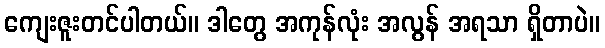
ကျေးဇူးတင်ပါတယ်။ ဒါတွေ အကုန်လုံး အလွန် အရသာ ရှိတာပဲ။